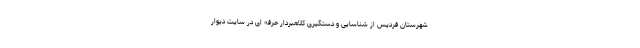
شهرستان فردیس از شناسایی و دستگیری کلاهبردار حرفه ای در سایت دیوار